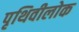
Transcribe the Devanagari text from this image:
पृथिवीलोक